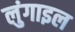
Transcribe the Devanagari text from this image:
लुंगाइल